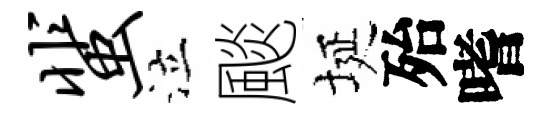
蜚泣颷埏殆嗜